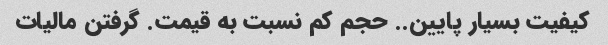
کیفیت بسیار پایین.. حجم کم نسبت به قیمت. گرفتن مالیات